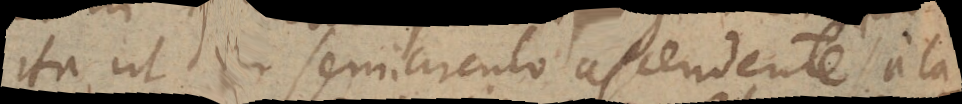
ita ut in semicirculo ascendente a Ca-